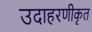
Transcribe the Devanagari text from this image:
उदाहरणीकृत